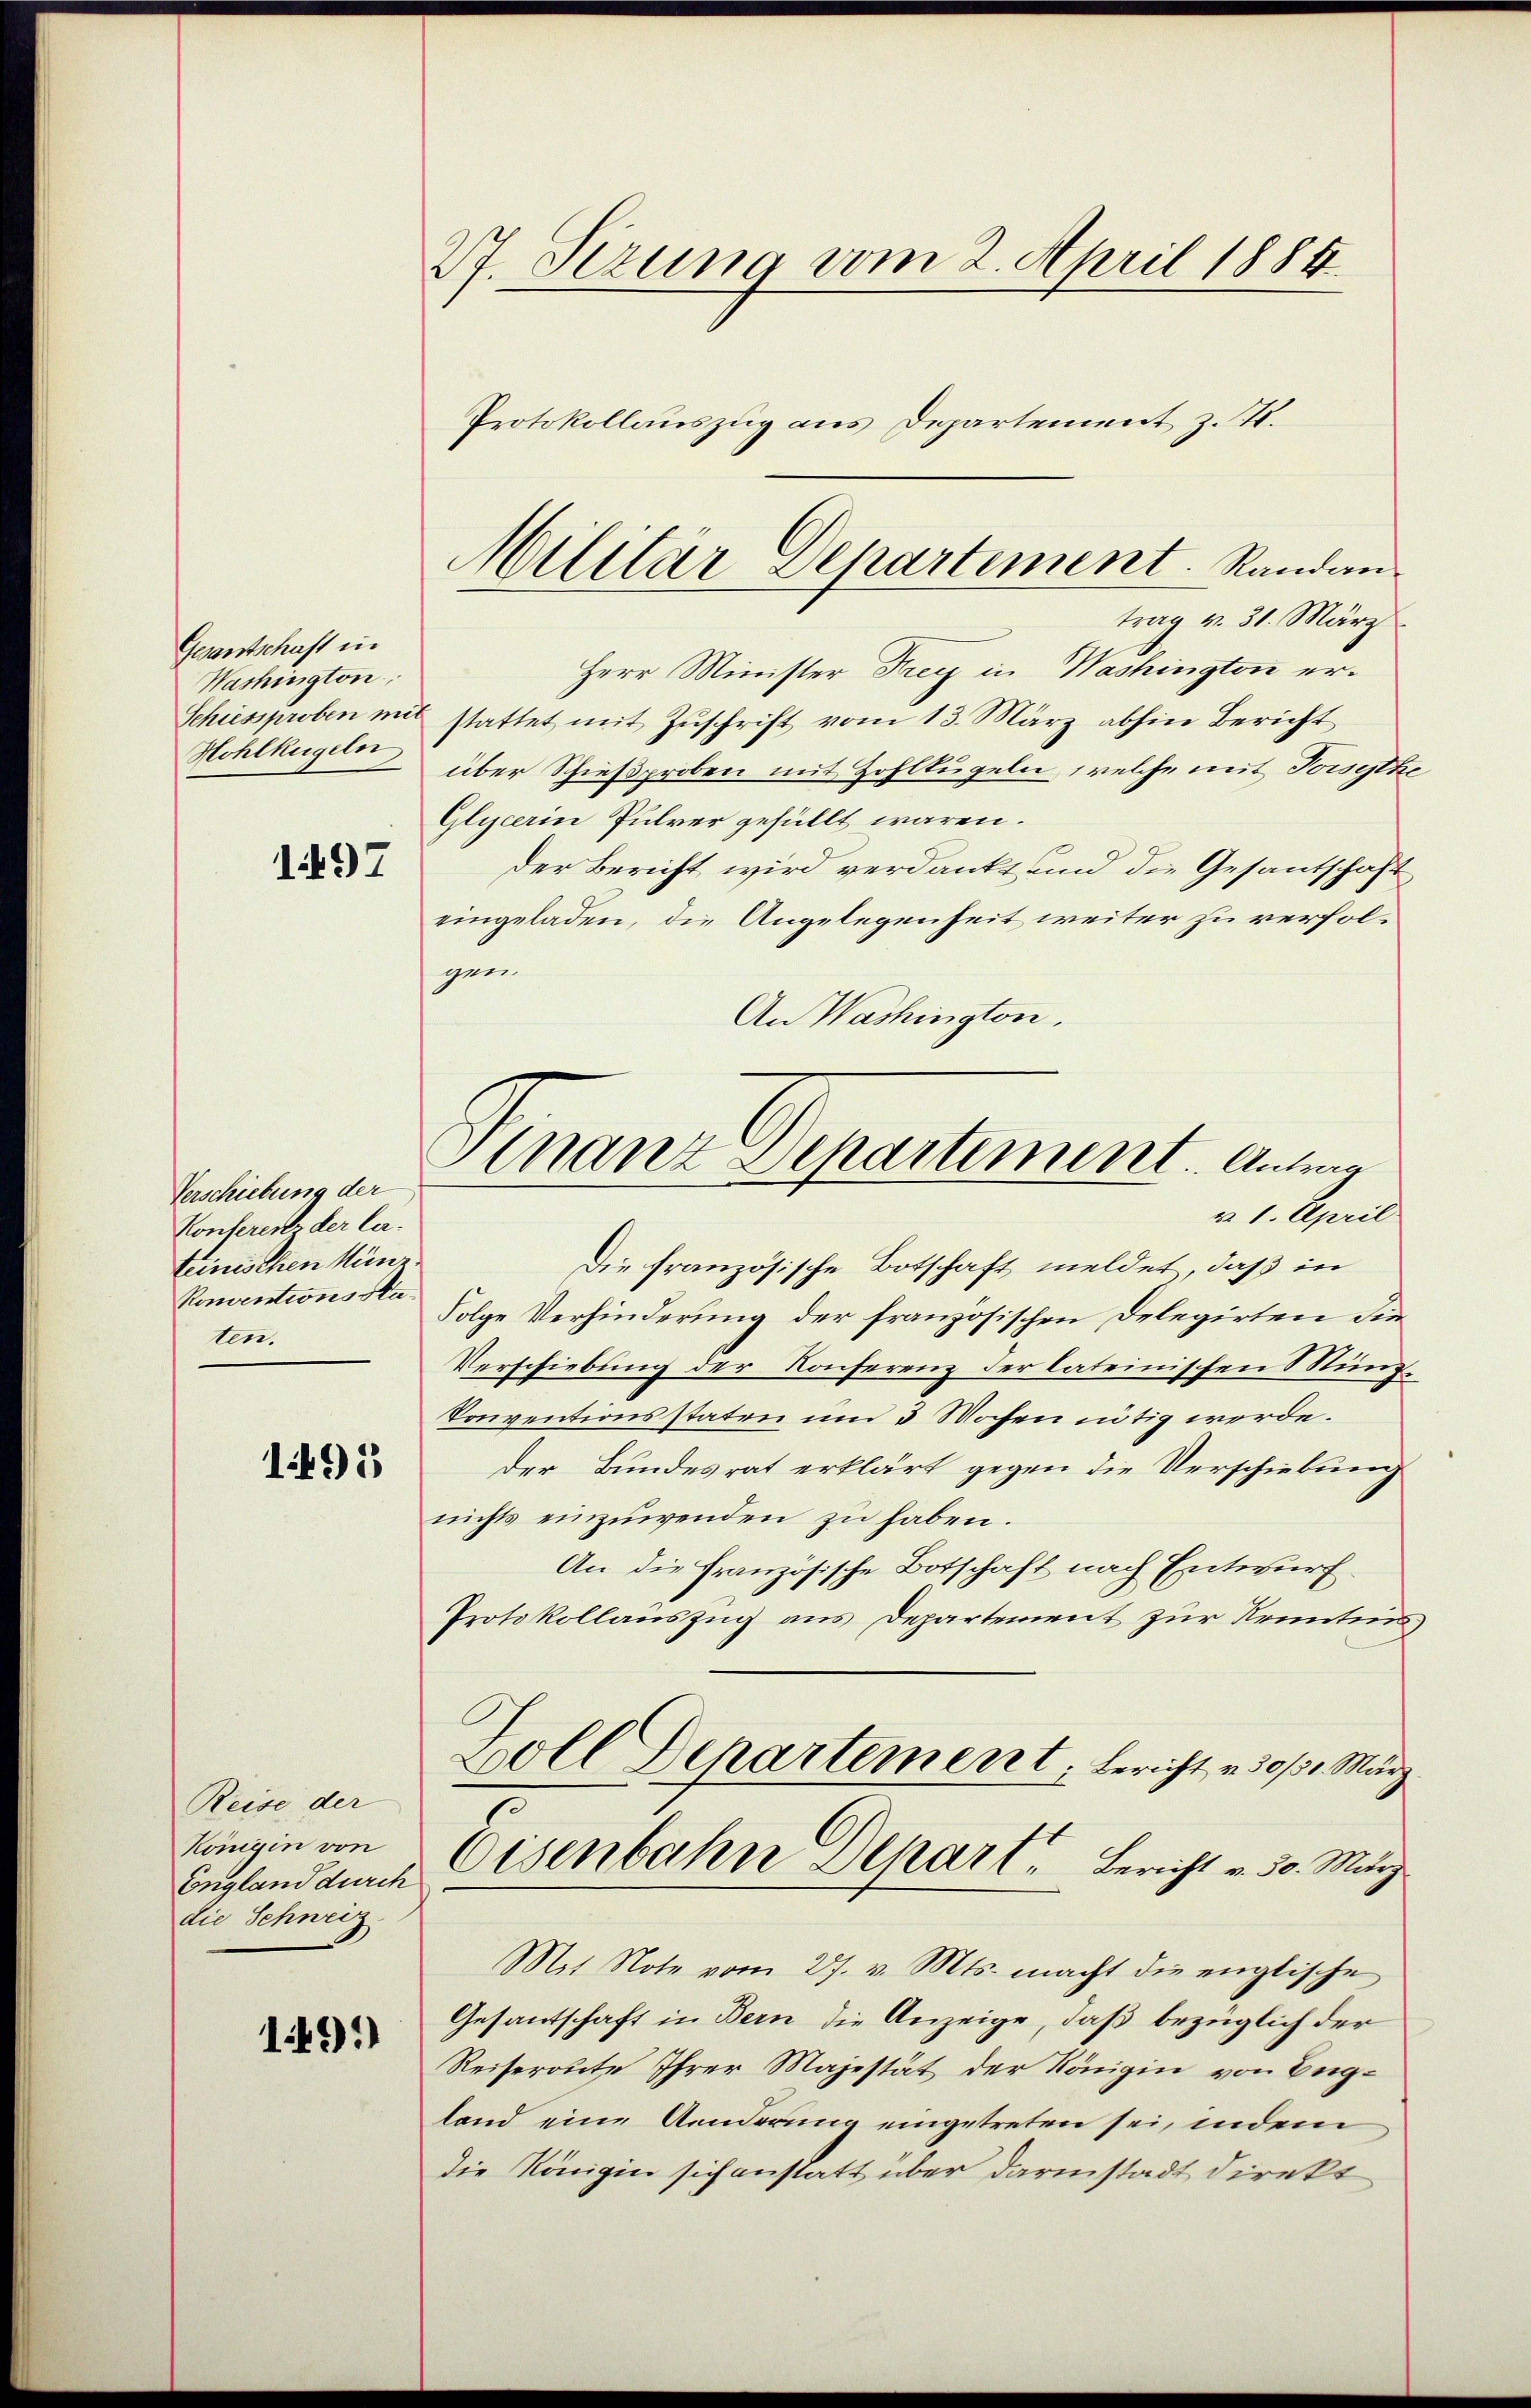
Gesantschaft in
Washington,
Schiessproben mir
Hohlkugeln

1497

Verschiebung der
Konferents der lateinischen Münz
Konventions Saten.

1491

Reise der
Königen von
England durch
die Schweiz

1491)

27. Sezung vom 2. April 1884.
Protokollauszug aus Departement z. B.

trag v. 31. März
Herr Minister Frey in Washington erstattet mit Zuschrift vom 13. März abhin Bericht
über Schießproben mit Zohllügeln, welche mit Vorsitze
Glycerin Pulver gefüllt wären.
der Bericht wird verdankt und die Gesantschaft
eingeladen, die Angelegenheit weiter zu verfolgen.
An Washington.
§ 1. April
Die französische Botschaft meldet, daß in
Folge Verhinderung der französischen Delegirten die
Verschiebung der Konferenz der lateinischen Münz¬
Konventionsstaten um 3 Wochen nötig werde.
der Bundesrat erklärt gegen die Verschiebung
nichts einzuwenden zu haben.
An die Französische Botschaft nach Entwurf
Protokollauszug aus Departement zur Kenntens
Zoll Departement, Bericht v. 30/30. März
2
Eisenbahn Depart. Bericht v. 30. März.
Mit Note vom 27. v. Mts. macht die englische
Gesantschaft in Bern die Anzeige, daß bezüglich der
Reiseronte Ihrer Majestät der Königin von England eine Aenderung eingetreten sei, indem
die Königin sich anstatt über darinstadt direkt

Militar Departement. Randan¬

Gnanz Departement. Antrag